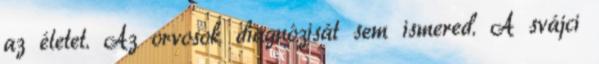
az életet. Az orvosok diagnózisát sem ismered. A svájci